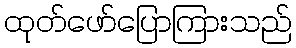
ထုတ်ဖော်ပြောကြားသည်